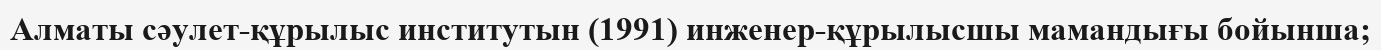
Алматы сәулет-құрылыс институтын (1991) инженер-құрылысшы мамандығы бойынша;